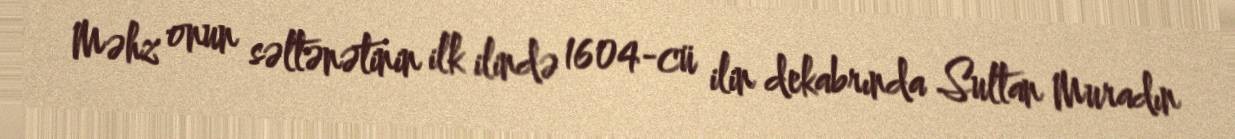
Məhz onun səltənətinin ilk ilində 1604-cü ilin dekabrında Sultan Muradın